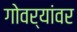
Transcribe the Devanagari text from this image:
गोवर्यांवर